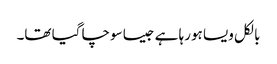
بالکل ویسا ہورہا ہے جیسا سوچا گیا تھا۔